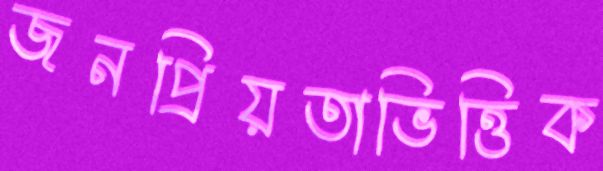
জনপ্রিয়তাভিত্তিক